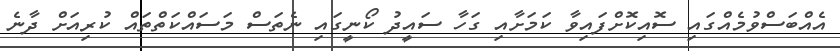
އެއްބަސްވުމެއްގައި ސޮއިކޮށްފައިވާ ކަމަށާއި ގަހާ ސައީދު ކޯނީގައި ނެތަސް މަސައްކަތްތައް ކުރިއަށް ދާނެ